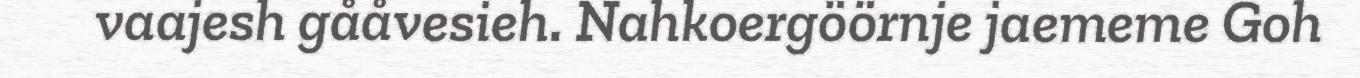
vaajesh gååvesieh. Nahkoergöörnje jaememe Goh